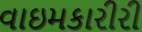
વાઇમકારીરી